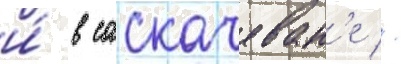
и́ в саскачеван'е //